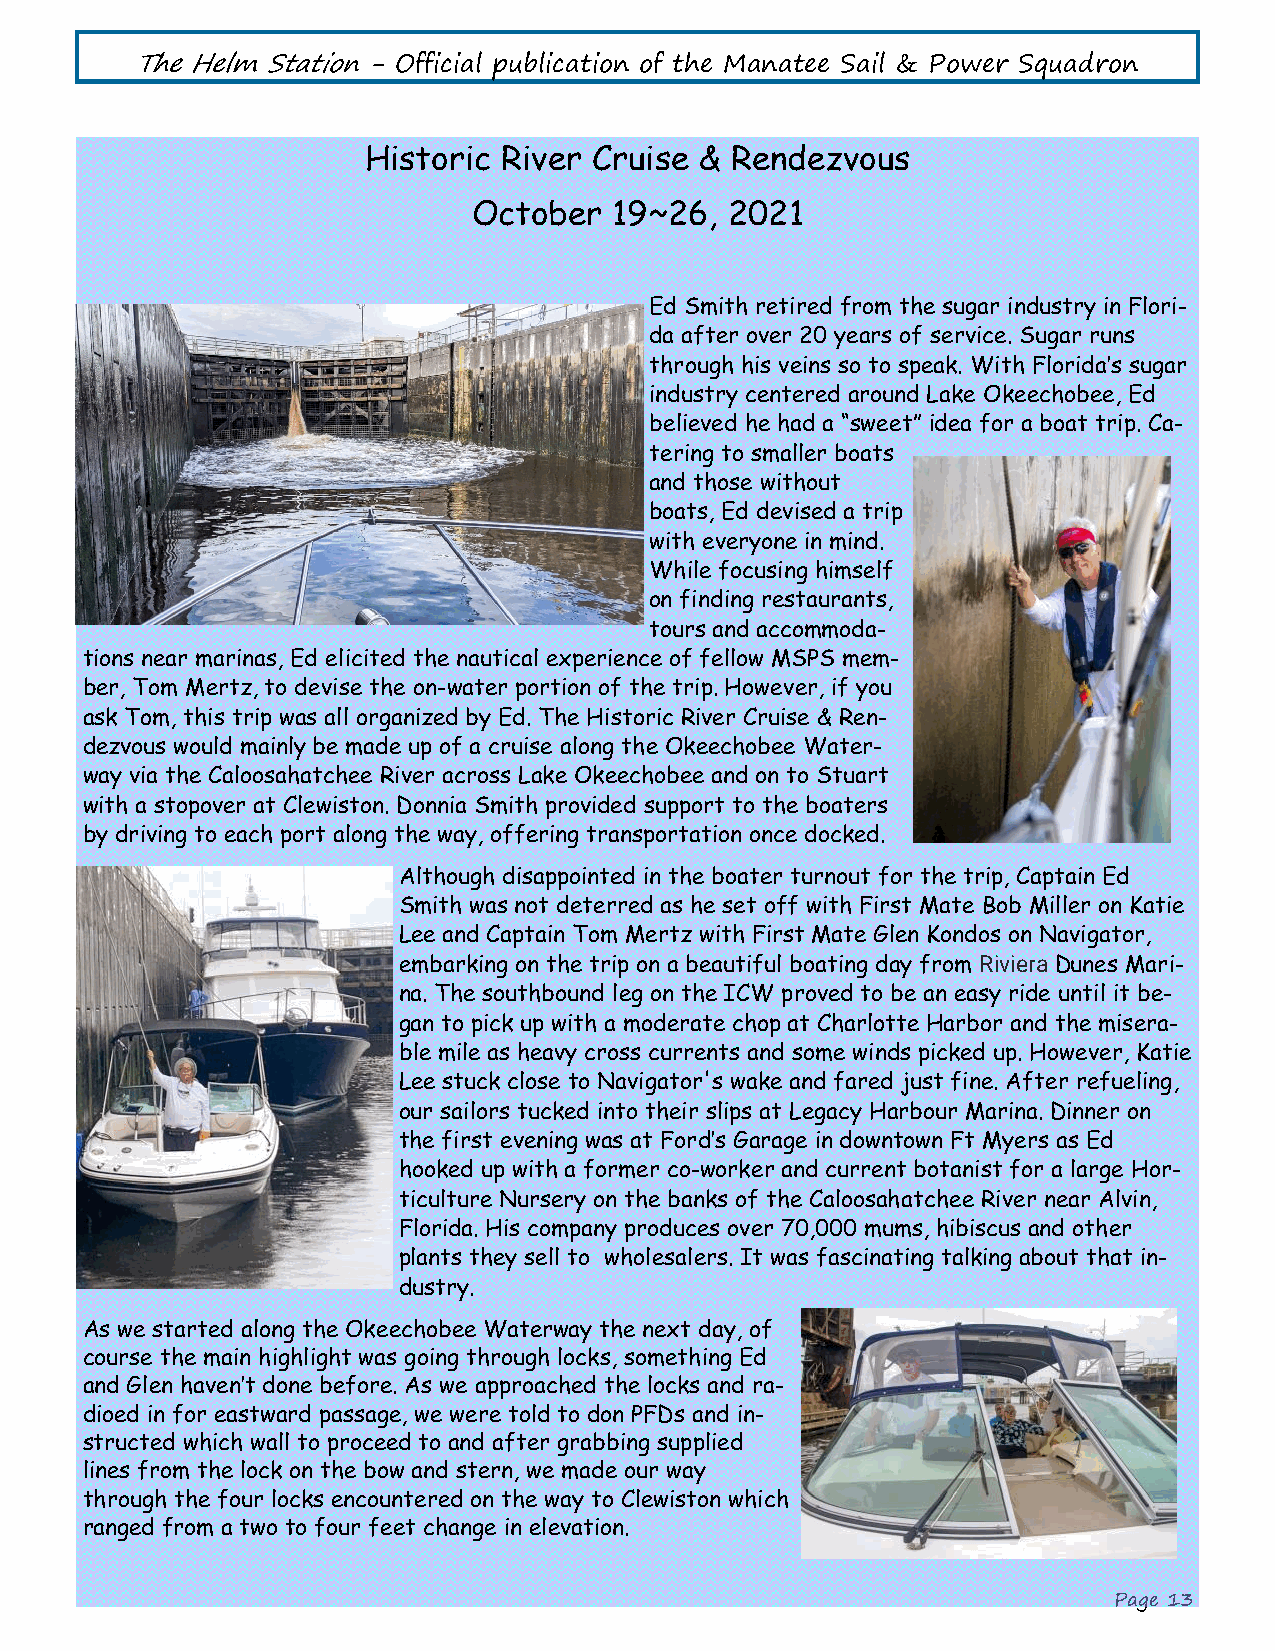
The Helm Station - Official publication of the Manatee Sail & Power Squadron
 Historic River Cruise & Rendezvous
 October   19~26, 2021
 Ed Smith retired from the sugar industry in Flori-
 da after over 20 years of service. Sugar runs
 through his veins so to speak. With Florida’s sugar
 industry centered around Lake Okeechobee, Ed
 believed he had a “sweet” idea for a boat trip. Ca-
 tering to smaller boats
 and those without
 boats, Ed devised a trip
 with everyone in mind.
 While focusing himself
 on finding restaurants,
 tours and accommoda-
 tions near marinas, Ed elicited the nautical experience of fellow MSPS mem-
 ber, Tom Mertz, to devise the on-water portion of the trip. However, if you
 ask Tom, this trip was all organized by Ed. The Historic River Cruise & Ren-
 dezvous would mainly be made up of a cruise along the Okeechobee Water-
 way via the Caloosahatchee River across Lake Okeechobee and on to Stuart
 with a stopover at Clewiston. Donnia Smith provided support to the boaters
 by driving to each port along the way, offering transportation once docked.
 Although disappointed in the boater turnout for the trip, Captain Ed
 Smith was not deterred as he set off with First Mate Bob Miller on Katie
 Lee and Captain Tom Mertz with First Mate Glen Kondos on Navigator,
 embarking on the trip on a beautiful boating day from Riviera Dunes Mari-
 na. The southbound leg on the ICW proved to be an easy ride until it be-
 gan to pick up with a moderate chop at Charlotte Harbor and the misera-
 ble mile as heavy cross currents and some winds picked up. However, Katie
 Lee stuck close to Navigator's wake and fared just fine. After refueling,
 our sailors tucked into their slips at Legacy Harbour Marina. Dinner on
 the first evening was at Ford’s Garage in downtown Ft Myers as Ed
 hooked up with a former co-worker and current botanist for a large Hor-
 ticulture Nursery on the banks of the Caloosahatchee River near Alvin,
 Florida. His company produces over 70,000 mums, hibiscus and other
 plants they sell to wholesalers. It was fascinating talking about that in-
 dustry.
 As we started along the Okeechobee Waterway the next day, of
 course the main highlight was going through locks, something Ed
 and Glen haven’t done before. As we approached the locks and ra-
 dioed in for eastward passage, we were told to don PFDs and in-
 structed which wall to proceed to and after grabbing supplied
 lines from the lock on the bow and stern, we made our way
 through the four locks encountered on the way to Clewiston which
 ranged from a two to four feet change in elevation.
 Page 13